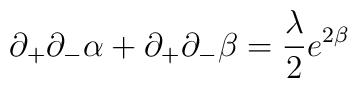
\partial_+\partial_-\alpha+\partial_+\partial_-\beta=\frac{\lambda}{2}e^{2\beta}